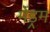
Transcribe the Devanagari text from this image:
मेंड्रम